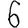
Digit: 6